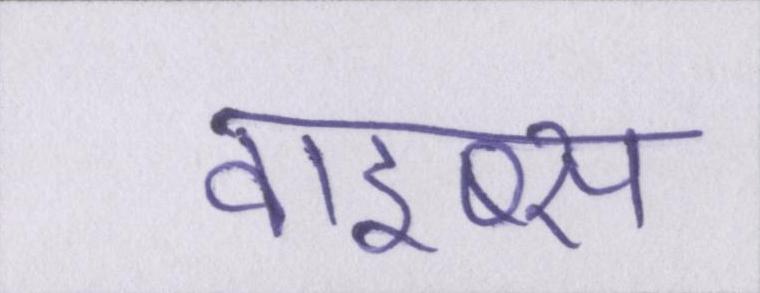
वाइब्स